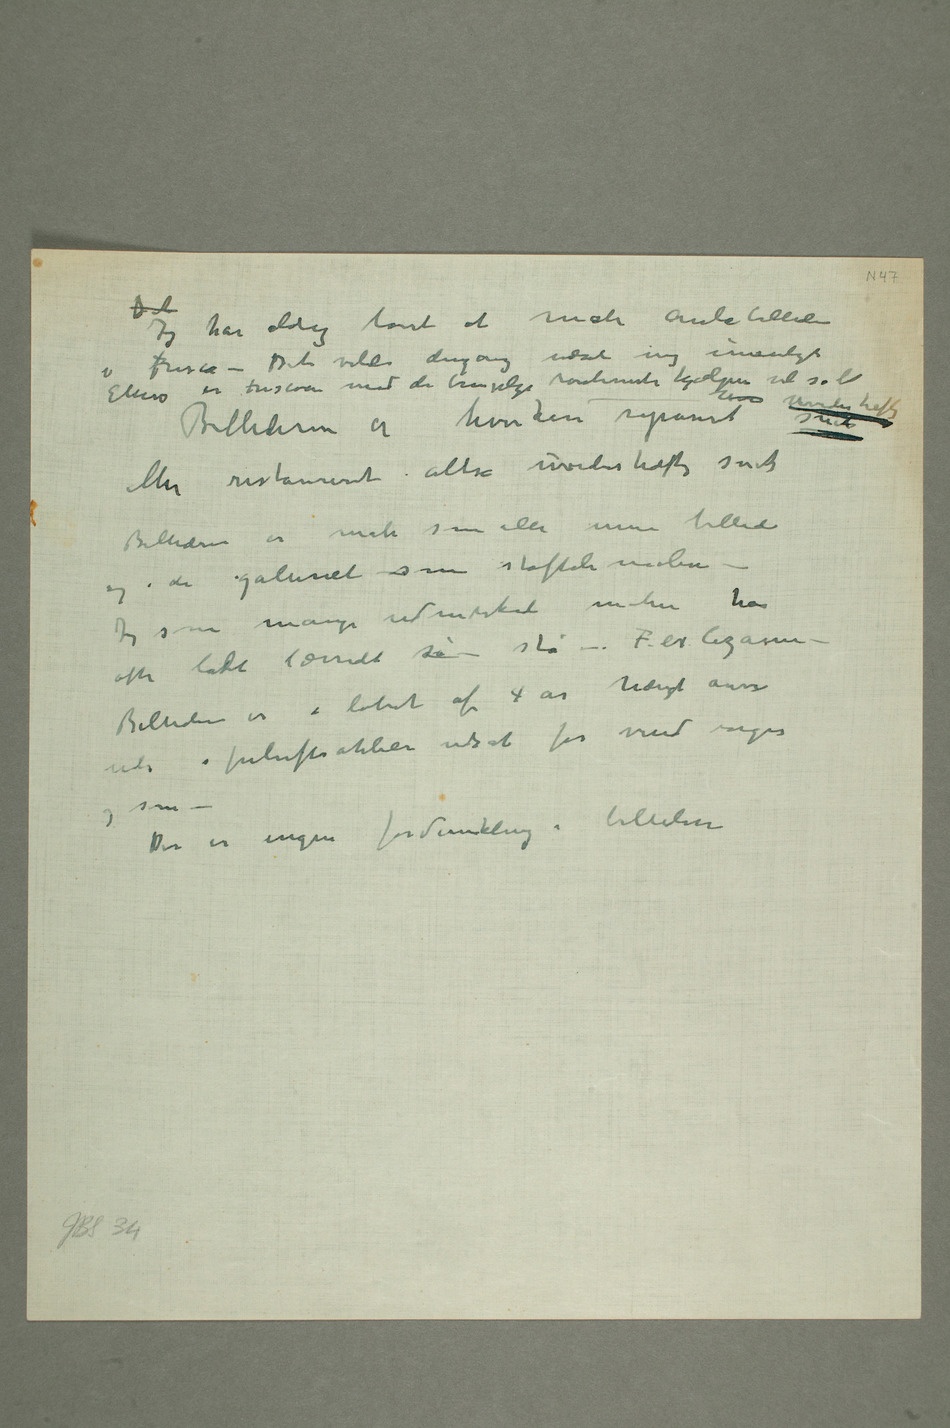
Det
Jeg har aldrig lovet at male aulabillederne
i fresco – Det vilde dengang været mig umuligt
Ellers er frescoen med de brugelige   vel så let
eller restaureret altså uvederhæftig snak Billederne
er malt som alle mine billeder og
staffelimaleri – Jeg
udmærkede malere har ofte
ladt lærredet så stå – F.ex. Cezanne –
ude i friluftsatelier udsat for vind regn og